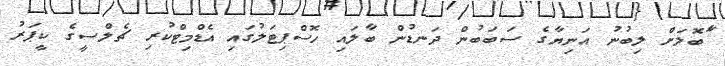
ަާބޮލަށް ލިބުނު އަނިޔާގެ ސަބަބުން ދަނޑުން ބާލައި ހޮސްޕިޓަލުގައި އެޑްމިޓްކުރި ޗެލްސީގެ ކީޕަރު